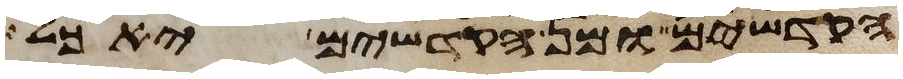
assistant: הקדשים ומן הקדשים יאכל